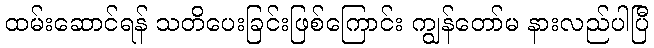
ထမ်းဆောင်ရန် သတိပေးခြင်းဖြစ်ကြောင်း ကျွန်တော်မ နားလည်ပါပြီ